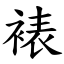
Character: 裱